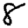
Digit: 8